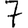
Digit: 7